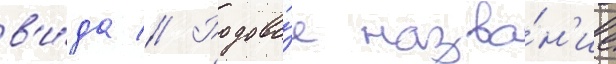
в'и́да // Родово́е назва́н'ие